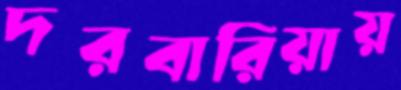
দরবারিয়ায়